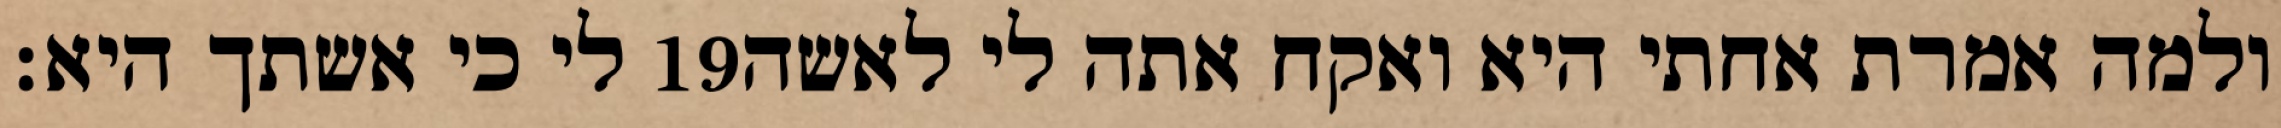
לי כי אשתך היא׃ ‎19‏ ולמה אמרת אחתי היא ואקח אתה לי לאשה